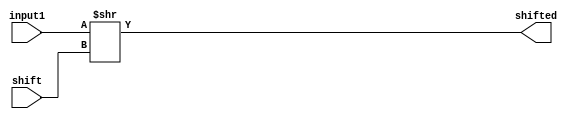
`timescale 1ns / 1ps
//////////////////////////////////////////////////////////////////////////////////
// Company: 
// Engineer: 
// 
// Design Name: 
// Module Name:    shrl 
// Project Name: 
// Target Devices: 
// Tool versions: 
// Description: 
//
// Dependencies: 
//
// Revision: 
// Revision 0.01 - File Created
// Additional Comments: 
//
//////////////////////////////////////////////////////////////////////////////////
module shrl(
    input [31:0] input1,
    input [31:0] shift,
    output [31:0] shifted
    );

assign shifted = input1 >> shift;

endmodule